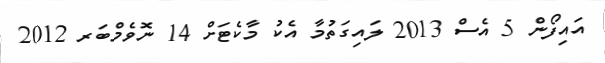
އައިފޯން 5 އެސް 2013 ލައިގަތުމާ އެކު މާކެޓަށް 14 ނޮވެމްބަރ 2012